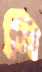
পি